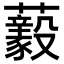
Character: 𧄘